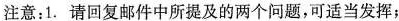
注意:1. 请回复邮件中所提及的两个问题,可适当发挥;